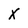
Character: X